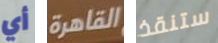
أي القاهرة ستنقذ